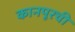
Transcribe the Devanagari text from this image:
कानपूरची